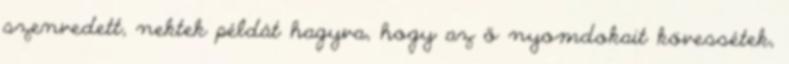
szenvedett, nektek példát hagyva, hogy az ő nyomdokait kövessétek,